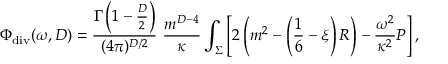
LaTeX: \Phi _ { \mathrm { d i v } } ( \omega , D ) = { \frac { \Gamma \left( 1 - \frac D 2 \right) } { ( 4 \pi ) ^ { D / 2 } } } \, \, { \frac { m ^ { D - 4 } } { \kappa } } \int _ { \Sigma } \left[ 2 \left( m ^ { 2 } - \left( \frac 1 6 - \xi \right) R \right) - { \frac { \omega ^ { 2 } } { \kappa ^ { 2 } } } { \cal P } \right] ,